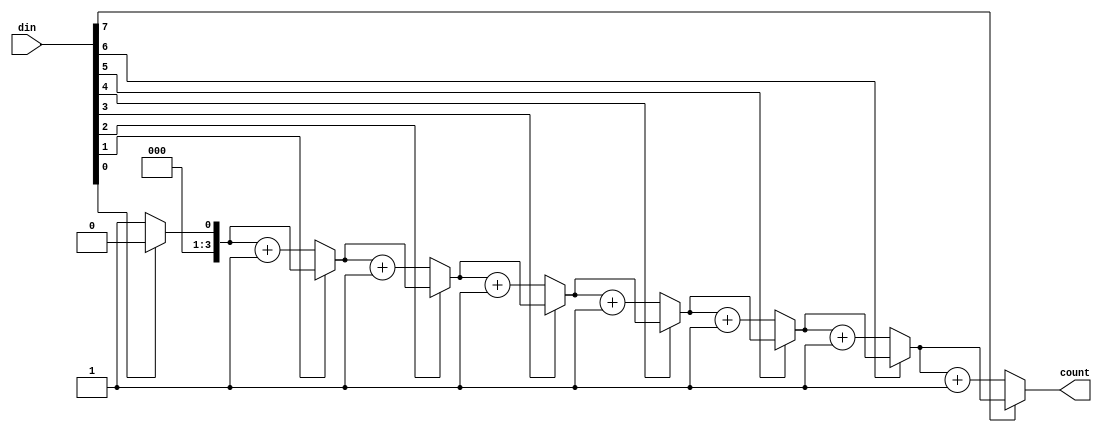
`timescale 1ns / 1ps
//////////////////////////////////////////////////////////////////////////////////
// Company: 
// Engineer: 
// 
// Design Name: 
// Module Name: count_zero_inabyte
// Project Name: 
// Target Devices: 
// Tool Versions: 
// Description: 
// 
// Dependencies: 
// 
// Revision:
// Revision 0.01 - File Created
// Additional Comments:
// 
//////////////////////////////////////////////////////////////////////////////////


module count_zero_inabyte(
    input [7:0] din,
    output reg [3:0] count
    );
    
    always @(din) begin
        count = count_zero_1byte(din);
    end
    
    function [3:0] count_zero_1byte (input [7:0] in);
        reg [3:0] counter;
        integer i;
        begin 
            counter = 0;          
            for (i = 0; i < 8; i = i + 1) begin
                if (in[i] == 0) begin
                   counter = counter + 1;
                end
            end
            count_zero_1byte = counter;
        end     
    endfunction
    
endmodule